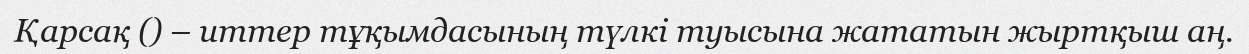
Қарсақ () – иттер тұқымдасының түлкі туысына жататын жыртқыш аң.